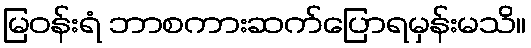
မြဝန်းရံ ဘာစကားဆက်ပြောရမှန်းမသိ။